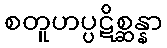
စတူဟပ္ပဋိစ္ဆန္နာ